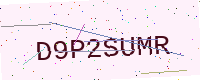
Text: D9P2SUMR